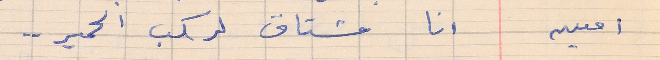
امين        انا مشتاق لركب الحمير . .